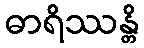
ဓာရိဿန္တိ